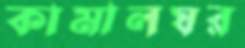
কামালঘর